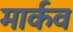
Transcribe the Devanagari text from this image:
मार्कव